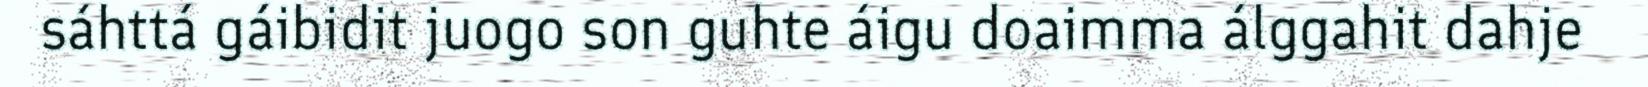
sáhttá gáibidit juogo son guhte áigu doaimma álggahit dahje